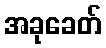
အခုခေတ်